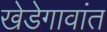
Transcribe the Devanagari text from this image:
खेडेगावांत